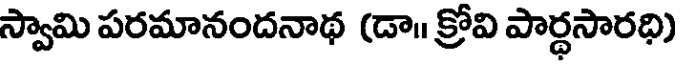
స్వామి పరమానందనాథ (డా॥ క్రోవి పార్ధసారధి)